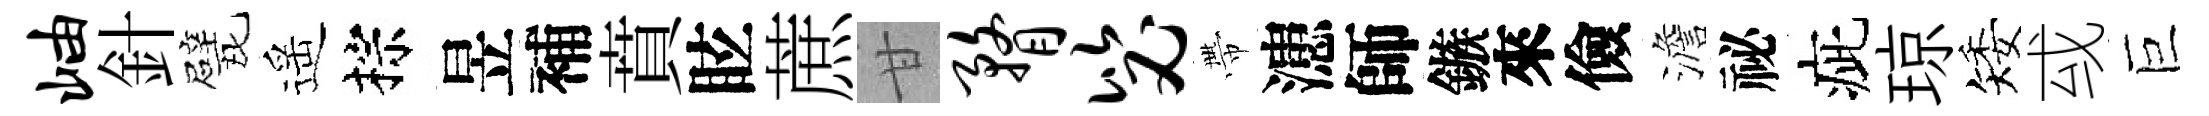
岫針戏遥棕昱補賁眩蔗甘瞀毖帶漶師鏃來儉澹祕疵琼矮㦯巨